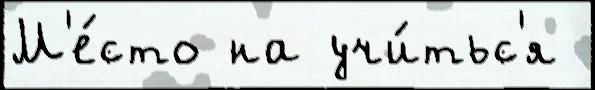
М'е́сто на учи́тьс'я